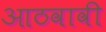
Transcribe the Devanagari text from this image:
आठवावी